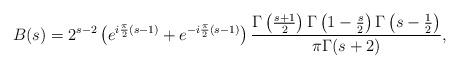
LaTeX: \begin{align*} B(s) = 2^{s-2} \left( e^{i \frac{\pi}{2}(s-1)} + e^{-i \frac{\pi}{2}(s-1)} \right) \frac{\Gamma \left(\frac{s+1}{2} \right) \Gamma \left(1 - \frac{s}{2} \right) \Gamma \left(s-\frac{1}{2} \right) }{ {{\pi}}\Gamma(s+2)},\end{align*}